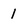
Character: 1